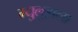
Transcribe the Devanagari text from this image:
म्युलुझला